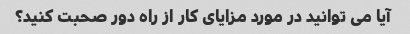
آیا می توانید در مورد مزایای کار از راه دور صحبت کنید؟